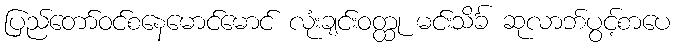
ပြည်တော်ဝင်စနေမောင်မောင် လုံးချင်းဝတ္ထု မင်းသိင်္ခ ဆုလာဘ်ပွင့်စာပေ